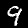
Digit: 9